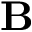
\mathbf { B }